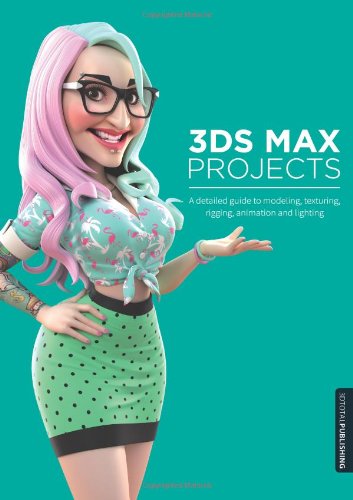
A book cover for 3ds Max Projects: A Detailed Guide to Modeling, Texturing, Rigging, Animation and Lighting; Matt Chandler; Computers & Technology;